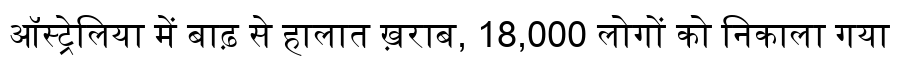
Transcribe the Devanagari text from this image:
ऑस्ट्रेलिया में बाढ़ से हालात ख़राब, 18,000 लोगों को निकाला गया